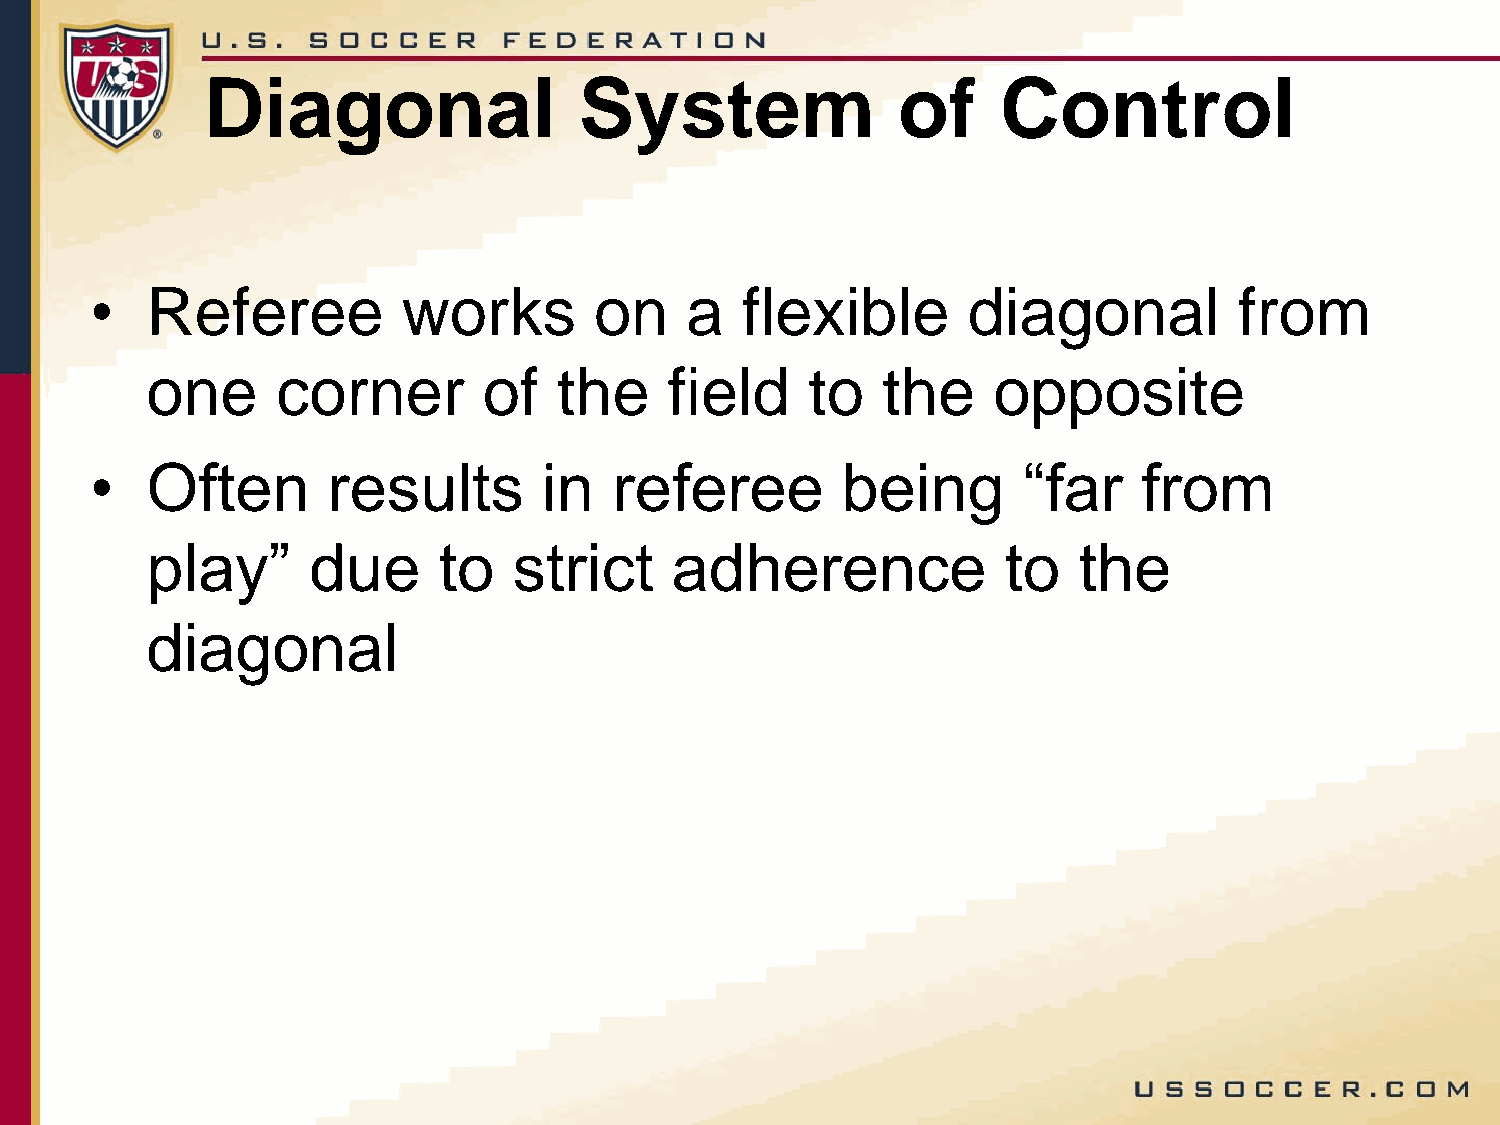
Diagonal                 System               of     Control
 •   Referee          works       on    a   flexible       diagonal          from
 one     corner        of   the    field     to  the     opposite
 •   Often       results       in   referee        being       “far    from
 play”     due      to   strict    adherence              to  the
 diagonal